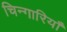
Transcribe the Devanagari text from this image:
चिन्गारियाँ